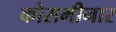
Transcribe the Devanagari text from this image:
कोसमीनार